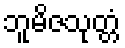
ဘူမိဇသုတ္တံ